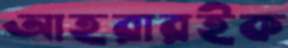
আহরারইক